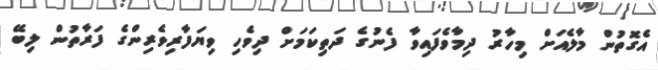
އެގޮތުން މާލެއަށް މިހާރު ދިމާވެފައިވާ ފެނުގެ ދަތިކަމަށް ދިވެހި ވިޔަފާރިވެރިންގެ ފަރާތުން ލިބޭ